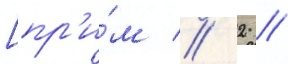
[пр'и́м // 2 //